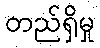
တည်ရှိမှု